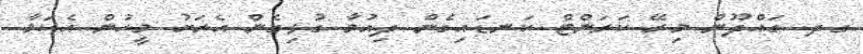
ގދ. ގައްދޫން މިރޭ ކަރަންޓް ކަނޑައިގެން ދިއުމާ ގުޅިގެން އެރަށު މީހުން އެކަމާ